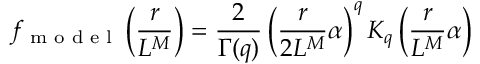
f _ { \textrm { m o d e l } } \left( \frac { r } { L ^ { M } } \right) = \frac { 2 } { \Gamma ( q ) } \left( \frac { r } { 2 L ^ { M } } \alpha \right) ^ { q } K _ { q } \left( \frac { r } { L ^ { M } } \alpha \right)